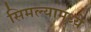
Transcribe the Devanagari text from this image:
सिमल्यामध्ये